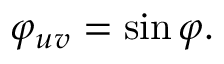
\varphi _ { u v } = \sin \varphi .